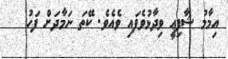
އިމާމު ޝާފިޢީ ވިދާޅުވެފައި ވެއެވެ. ކޭތަ ނަމާދަށް ފަހު